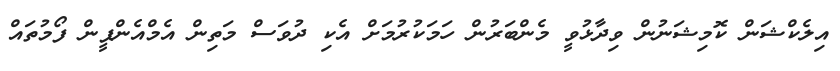
އިލެކްޝަން ކޮމިޝަނުން ވިދާޅުވީ މެންބަރުން ހަމަކުރުމަށް އެކި ދުވަސްް މަތިން އެމްއެންޕީން ފޯމުތައް